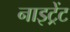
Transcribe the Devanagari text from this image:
नाइट्रेंट